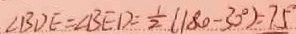
\angle B D E = \angle B E D = \frac { 1 } { 2 } ( 1 8 0 - 3 0 ^ { \circ } ) = 7 5 ^ { \circ }